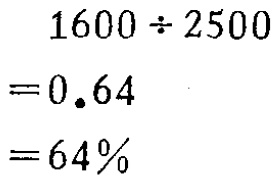
\[

\begin{align*}

1600\div2500&=0.64\\

&=64\%

\end{align*}

\]